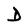
Character: D